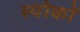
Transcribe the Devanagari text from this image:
स्पोकों